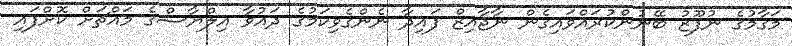
މަގާމުގެ ނުފޫޒު ބޭނުންކުރައްވައިގެން ނާޖާއިޒް ފައިދާ ނެންގެވިކަމުގެ ދައުވާ އިލްޔާސްގެ މައްޗަށް ކޮށްފައި